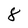
Character: 8